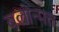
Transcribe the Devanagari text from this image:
बलोन्मत्त